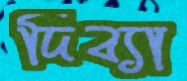
দিব্যা